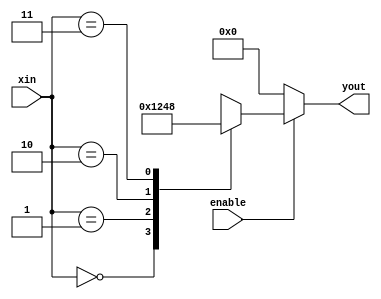
module dec2x4(xin,yout,enable);

input [1:0] xin;
input enable;
output[3:0] yout;
reg[3:0] yout;

always @(xin or enable)

begin
	if(enable==1)
		case(xin)
		2'b00:
		begin
		yout=4'b0001;
		$display("%b  %b  %b",enable,xin,yout);
		end
		2'b01:
		begin
		yout=4'b0010;
		$display("%b  %b  %b",enable,xin,yout);
		end
		2'b10:
		begin
		yout=4'b0100;
		$display("%b  %b  %b",enable,xin,yout);
		end
		2'b11:
        begin
		yout=4'b1000;
		$display("%b  %b  %b",enable,xin,yout);
		end
		endcase
	else
	    begin
     	yout=4'b0000;
		$display("%b  %b  %b",enable,xin,yout);
        end

end
endmodule